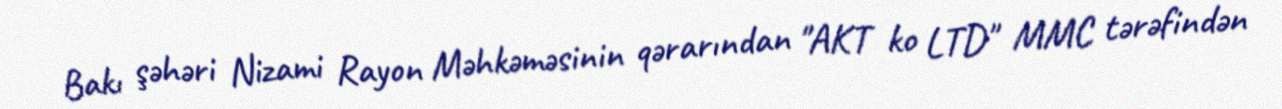
Bakı şəhəri Nizami Rayon Məhkəməsinin qərarından "AKT ko LTD" MMC tərəfindən